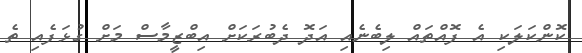
ކޮންކަލަކި އެ ފޮއްތައް ލިބެނެއި އަދޮ ދެބުރަކަށް އިބްޒީމާސް މަށް ގުޅަފެއި ތެ